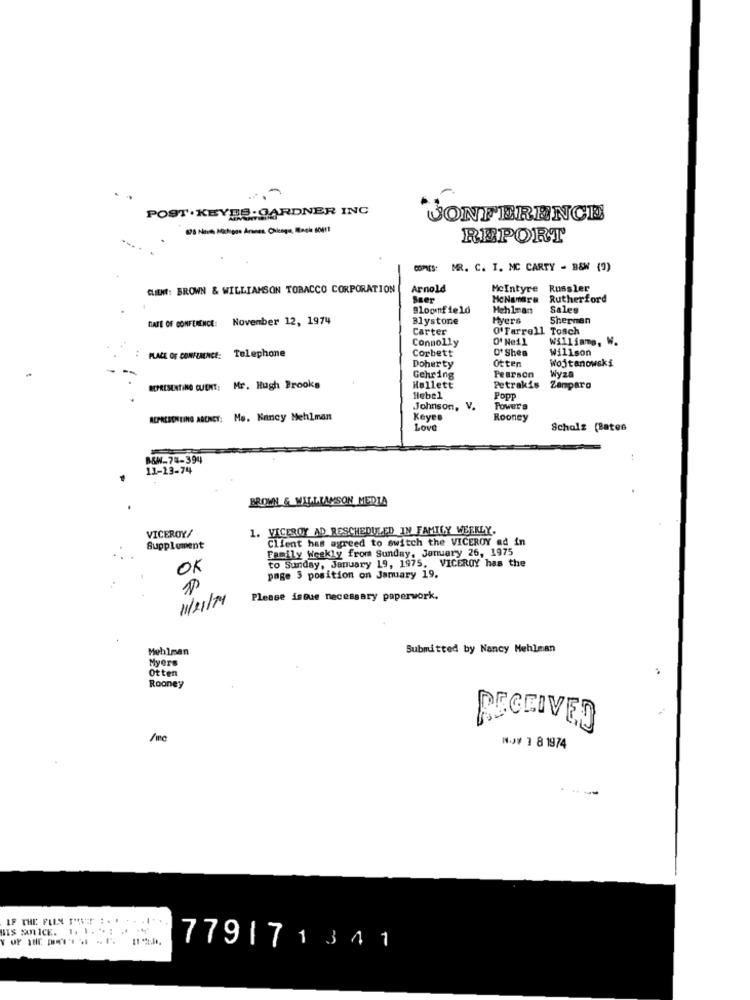
POST . KEYES.GARDNER INC
CONFERENCE
REPORT
COPIES: MR. C. I. MC CARTY - B&W (9)
CLIENT: BROWN & WILLIAMSON TOBACCO CORPORATION
Arnold
McIntyre
Russler
Seer
McNamara Rutherford
Meh 1mars
Sales
DATE OF CONFERENCE: November 12, 1974
Blystone
Myers
Sherman
Carter
O' Farrell Tosch
O' Neil
Williams, W.
:
Connolly
O'Shea
Willson
PLACE OF CONFERENCE: Telephone
Corbett
otten
Wojtanowski
Doherty
Gehring
Pearson
Wyza
REPRESENTING CUENT: Mr. Hugh Brooks
Mellett
Petrakis
Zamparo
Hebel
Popp
Johnson, V.
Power'S
REPRESENTING AGENCY: Mo. Nancy Mehlman
Keyes
Rooney
Love
Scholz (Bates
B&W-74-394
11-23-74
BROWN & WILLIAMSON MEDIA
VICEROY/
1. VICEROY AD RESCHEDULED IN FAMILY WEEKLY.
Client has agreed to switch the VICEROY ad in
Supplement
Family Weekly from Sunday, January 26, 1975
to Sunday, January 19, 1975, VICEROY has the
OK
page 3 position on January 19.
11/21/14
Please isque necessary paperwork.
Mehlman
Submitted by Nancy Mehlman
Myers
Otten
Rooney
RECEIVED
NY 1 8 1974
-
IF THE FILM IST . . . .. ...
HIS MULICE.
779171341